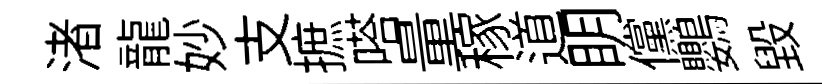
渚龍妙支摭嗒量稼道眀儻鸚毀